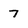
Character: 7